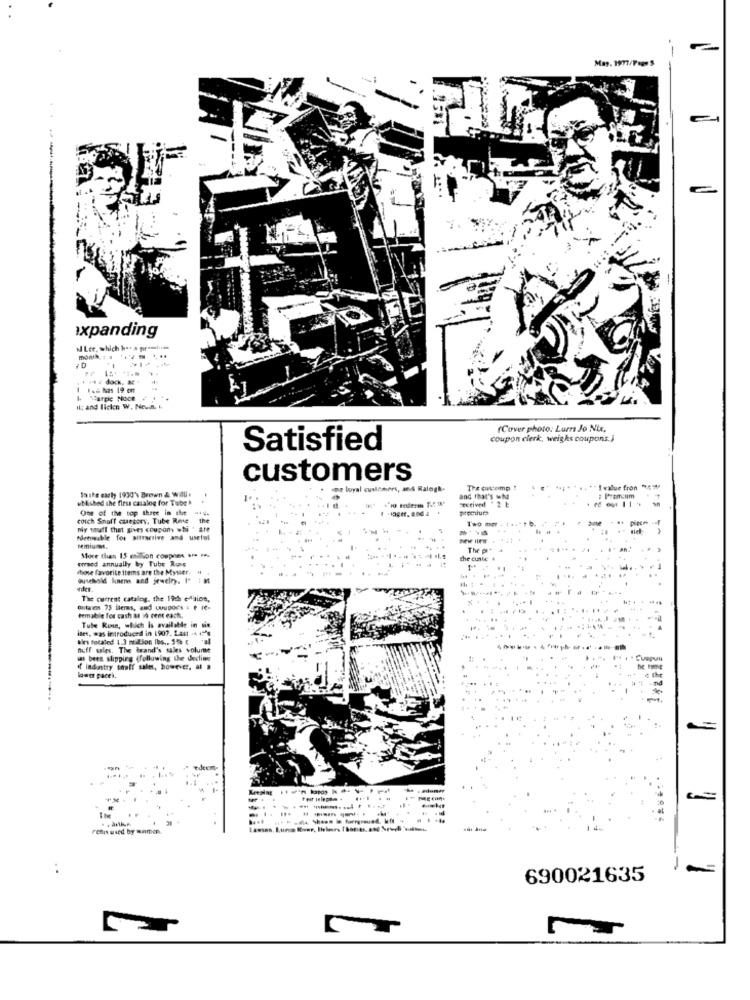
expanding
M Lee, which has a promlus
. .. . dock. M
F. has 19 on
Il; and licken W. Noush. I.
(Cover photo: Lurra Jo Nix.
coupon clerk, weighs coupons.)
Satisfied
customers
Sothe early 1930'\ Brown & WAU .
er loyal curlchers, and Ralogt-
The oncomp!
I value fron 1: w
ublished the first catalog for Tube
and that's why
: Premium
-
One of the top three in the
cotch Shaft category, Tube Rese
the
Two mot
niy shall that gives coupon whi . are
edetsable for aitractive and useful
remiunas.
owned annually by Tube Runs
More than 15 milion coppens . P.
chose favorite items are the Myster. "
erder
The current catalog, the 19ch elation,
outanes 75 ileres, and woupoe's . e Ie-
femable for cash &s 19 cent each.
ites, was introduced in 1907. Last -4 7's
Tube Run, which is available in six
als totaled 1.3 million lbs .. 5% ( '#4
nuff sales, The brand's sales volume
ms been slipping (following the decline
of industry souff ule, however. a .
lowe pacek.
. .
690021635